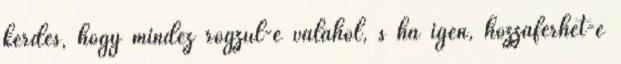
kérdés, hogy mindez rögzül-e valahol, s ha igen, hozzáférhet-e